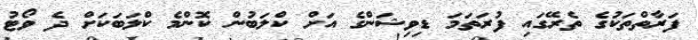
ފަރާތްތަކުގެ ތެރޭގައި ފުރަތަމަ ޑިވިޝަންގެ އަށް ކްލަބުން ކޮންމެ ކްލަބަކަށް ދެ ވޯޓު